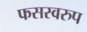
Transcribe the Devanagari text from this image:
फसस्वरुप